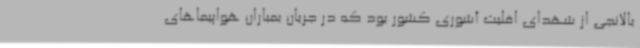
بالانجی از شهدای اقلیت آشوری کشور بود که در جریان بمباران هواپیماهای